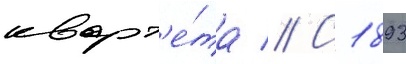
кварт'е́та // С 1893